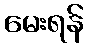
မေးရန်